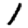
Digit: 1